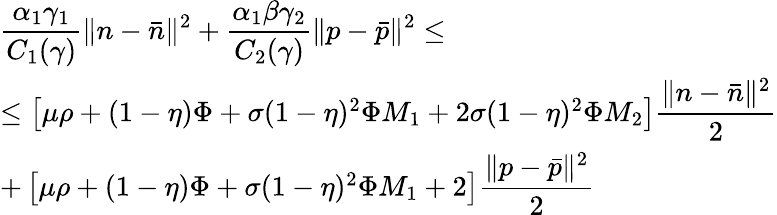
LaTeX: \begin{array}{l}{\displaystyle\frac{\alpha_{1}\gamma_{1}}{C_{1}(\gamma)}\| n-\bar{n}\| ^{2}+\displaystyle\frac{\alpha_{1}\beta\gamma_{2}}{C_{2}(\gamma)}\| p-\bar{p}\| ^{2}\leq}\\ {\leq\left[\mu\rho+(1-\eta)\Phi+\sigma(1-\eta)^{2}\Phi M_{1}+2\sigma(1-\eta)^{2}\Phi M_{2}\right]\displaystyle\frac{\| n-\bar{n}\| ^{2}}{2}}\\ {+\left[\mu\rho+(1-\eta)\Phi+\sigma(1-\eta)^{2}\Phi M_{1}+2\right]\displaystyle\frac{\| p-\bar{p}\| ^{2}}{2}}\end{array}